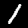
Label: 1